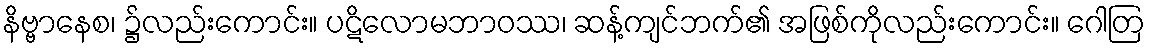
နိဗ္ဗာနေစ၊ ၌လည်းကောင်း။ ပဋိလောမဘာဝဿ၊ ဆန့်ကျင်ဘက်၏ အဖြစ်ကိုလည်းကောင်း။ ဂေါတြ